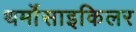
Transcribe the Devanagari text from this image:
थर्मोसाइकिलर